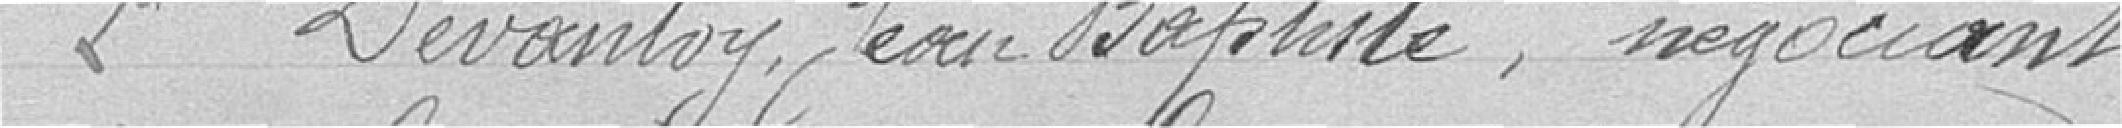
Deuxième : Devantoy Jean-Baptiste, négociant